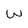
Character: w